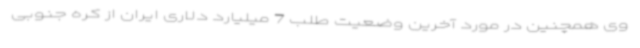
وی همچنین در مورد آخرین وضعیت طلب 7 میلیارد دلاری ایران از کره جنوبی